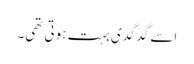
اسے گدگدی بہت ہوتی تھی۔